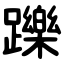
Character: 躒